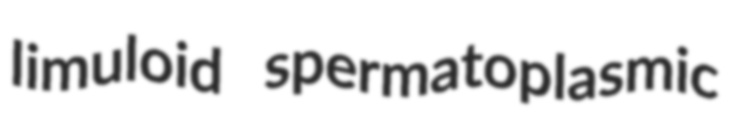
limuloid spermatoplasmic